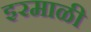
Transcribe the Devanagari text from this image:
इरमाळी